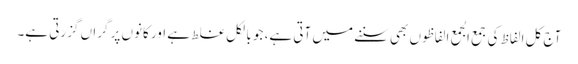
آج کل الفاظ کی جمع الجمع الفاظوں بھی سننے میں آتی ہے، جو بالکل غلط ہے اور کانوں پر گراں گزرتی ہے۔